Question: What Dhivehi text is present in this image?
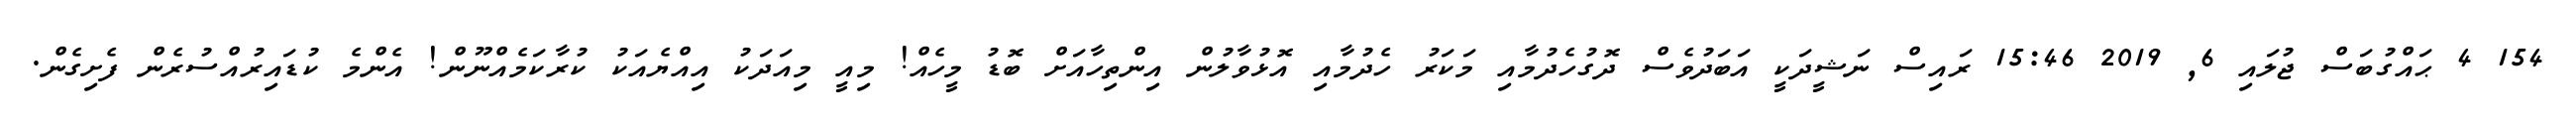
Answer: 154 4 ޙައްގުބަސް ޖުލައި 6, 2019 15:46 ރައިސް ނަޝީދަކީ އަބަދުވެސް ދޮގުހެދުމާއި މަކަރު ހެދުމާއި އޮޅުވާލުން އިންތިހާއަށް ބޮޑު މީހެއް! މިއީ މިއަދަކު އިއްޔެއަކު ކުރާކަމެއްނޫން! އެންމެ ކުޑައިރުއްސުރެން ފެށިގެން.